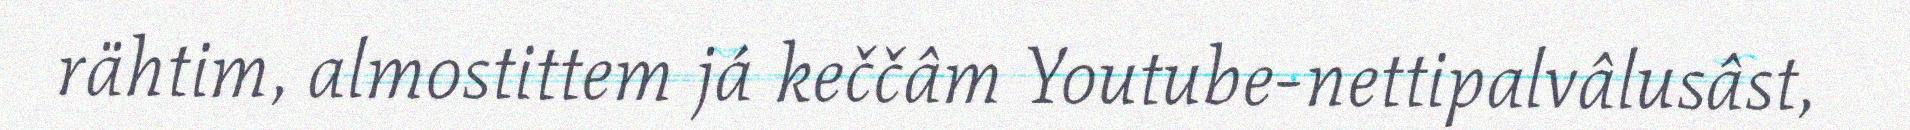
rähtim, almostittem já keččâm Youtube-nettipalvâlusâst,